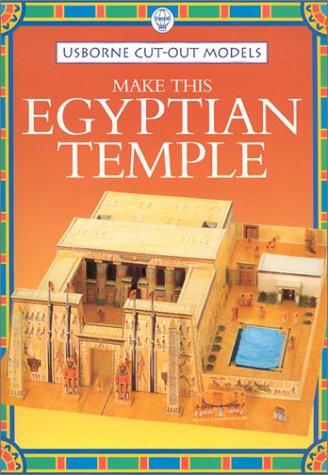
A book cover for Make This Egyptian Temple (Usborne Cut-Out Models); Iain Ashman; Children's Books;